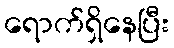
ရောက်ရှိနေပြီး